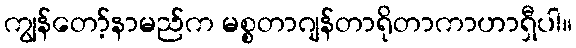
ကျွန်တော့်နာမည်က မစ္စတာဂျန်တာရိုတာကာဟာရှီပါ။